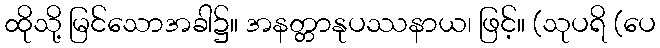
ထိုသို့ မြင်သောအခါ၌။ အနတ္တာနုပဿနာယ၊ ဖြင့်။ (သုပရိ (ပေ